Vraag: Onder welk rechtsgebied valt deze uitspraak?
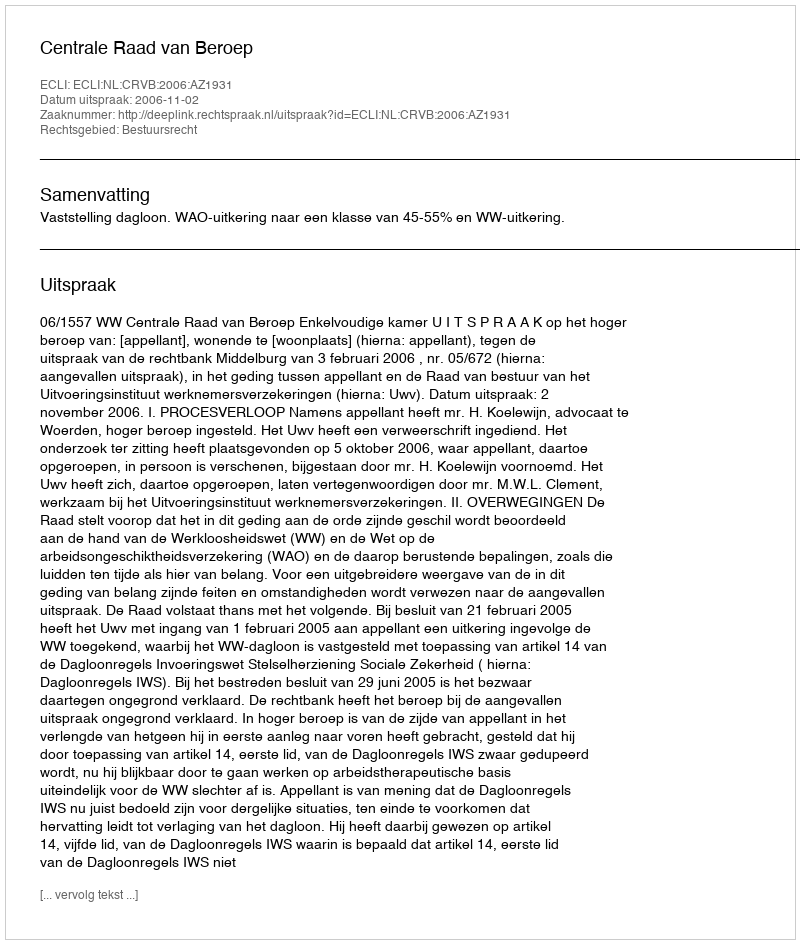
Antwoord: Bestuursrecht